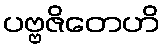
ပဗ္ဗဇိတေဟိ